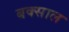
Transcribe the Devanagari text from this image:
बक्साल